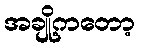
အချို့ကတော့